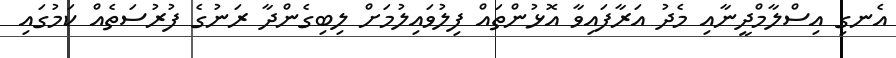
އެނގި އިސްލާމްދީނާއި މެދު އަރާފައިވާ އޮޅުންތައް ފިލުވައިލުމަށް ލިބިގެންދާ ރަނުގެ ފުރުސަތެއް ކަމުގައި